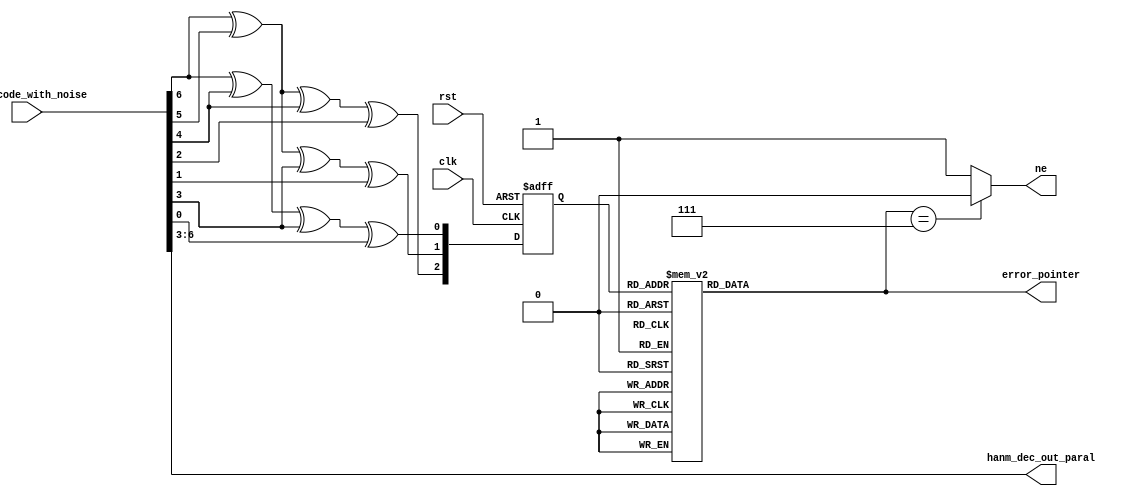
module hanm_encode(
	input	clk,
	input	rst,

	input   [6:0]hanm_code_with_noise,
	output	[3:0]hanm_dec_out_paral,
	output	ne,
	output	reg	[2:0]error_pointer

	);
reg	[2:0]	S;

assign ne = (error_pointer==3'b111)? 1'b0:1'b1	;
assign hanm_dec_out_paral = hanm_code_with_noise[6:3];
always @(*) begin
	case(S)
	3'b001:error_pointer<=3'b000;
	3'b010:error_pointer<=3'b001;
	3'b100:error_pointer<=3'b010;
	3'b011:error_pointer<=3'b011;
	3'b101:error_pointer<=3'b100;
	3'b110:error_pointer<=3'b101;
	3'b111:error_pointer<=3'b110;
	3'b000:error_pointer<=3'b111;
	default:error_pointer<=3'b111;
	endcase
end


always @(negedge clk or posedge rst) begin
	if (rst) begin
		S<=3'b0;
		
	end
	else begin
		S<={hanm_code_with_noise[6]^hanm_code_with_noise[5]^hanm_code_with_noise[4]^hanm_code_with_noise[2],
			hanm_code_with_noise[6]^hanm_code_with_noise[5]^hanm_code_with_noise[3]^hanm_code_with_noise[1],
			hanm_code_with_noise[6]^hanm_code_with_noise[4]^hanm_code_with_noise[3]^hanm_code_with_noise[0]
		};
	end
end
endmodule